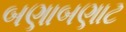
બણાબણાટ